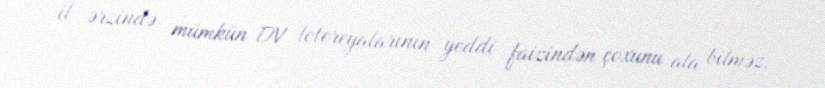
il ərzində mümkün DV lotereyalarının yeddi faizindən çoxunu ala bilməz.